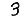
Digit: 3